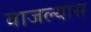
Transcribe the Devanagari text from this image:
वाजल्यास